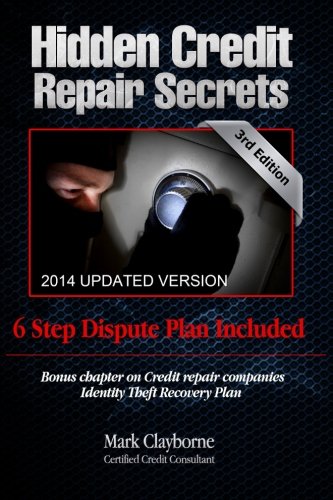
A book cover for Hidden Credit Repair Secrets: Step-by-Step 6 Letter Dispute Plan Included; Mark Clayborne; Business & Money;